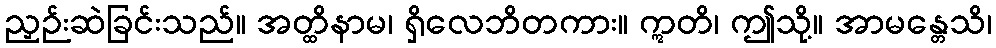
ညှဉ်းဆဲခြင်းသည်။ အတ္ထိနာမ၊ ရှိလေဘိတကား။ ဣတိ၊ ဤသို့။ အာမန္တေသိ၊